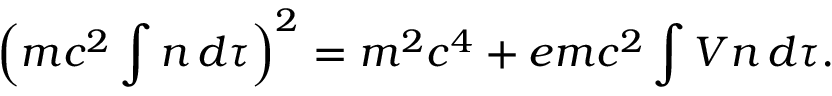
\left( m c ^ { 2 } \int n \, d \tau \right) ^ { 2 } = m ^ { 2 } c ^ { 4 } + e m c ^ { 2 } \int V n \, d \tau .